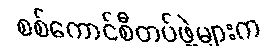
စစ်ကောင်စီတပ်ဖွဲ့များက